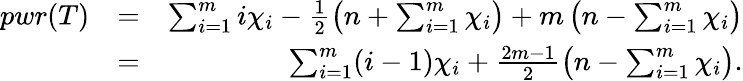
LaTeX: \begin{array}{rlr}{pwr(T)}&{=}&{\sum_{i=1}^{m}i\chi_{i}-\frac{1}{2}\left(n+\sum_{i=1}^{m}\chi_{i}\right)+m\left(n-\sum_{i=1}^{m}\chi_{i}\right)}\\ &{=}&{\sum_{i=1}^{m}(i-1)\chi_{i}+\frac{2m-1}{2}\left(n-\sum_{i=1}^{m}\chi_{i}\right).}\end{array}